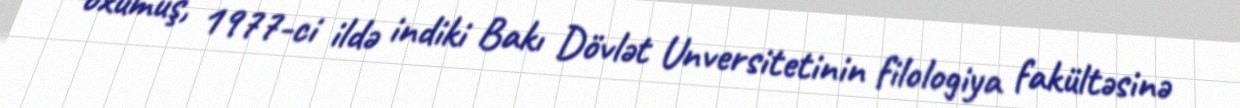
oxumuş, 1977-ci ildə indiki Bakı Dövlət Unversitetinin filologiya fakültəsinə